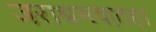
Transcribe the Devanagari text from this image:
जराश्रमवातहा